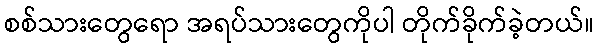
စစ်သားတွေရော အရပ်သားတွေကိုပါ တိုက်ခိုက်ခဲ့တယ်။